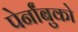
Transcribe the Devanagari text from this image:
पेर्नांबुको